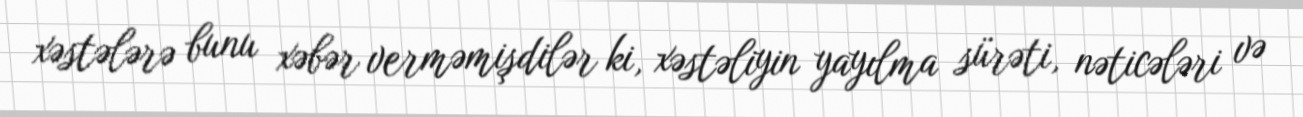
xəstələrə bunu xəbər verməmişdilər ki, xəstəliyin yayılma sürəti, nəticələri və